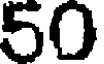
50